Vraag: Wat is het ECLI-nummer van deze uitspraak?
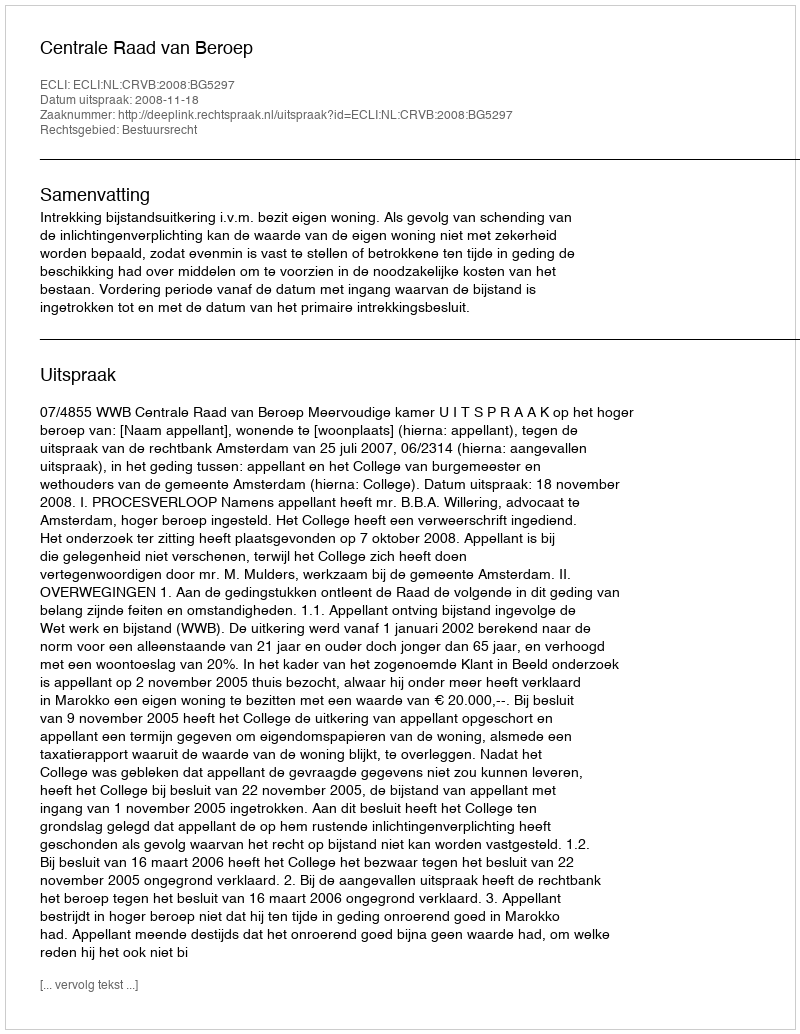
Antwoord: ECLI:NL:CRVB:2008:BG5297